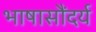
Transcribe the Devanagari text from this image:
भाषासौंदर्य